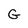
Character: G